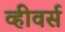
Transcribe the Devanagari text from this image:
व्हीवर्स